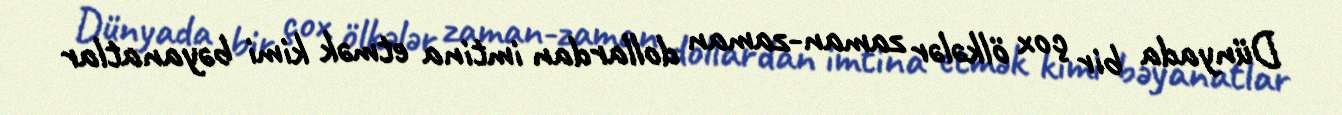
Dünyada bir çox ölkələr zaman-zaman dollardan imtina etmək kimi bəyanatlar